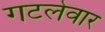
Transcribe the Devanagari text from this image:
गटलेवार